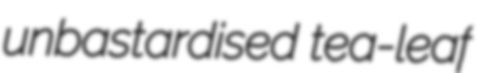
unbastardised tea-leaf